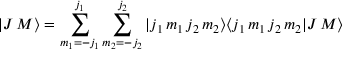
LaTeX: | J \, M \rangle = \sum _ { m _ { 1 } = - j _ { 1 } } ^ { j _ { 1 } } \sum _ { m _ { 2 } = - j _ { 2 } } ^ { j _ { 2 } } | j _ { 1 } \, m _ { 1 } \, j _ { 2 } \, m _ { 2 } \rangle \langle j _ { 1 } \, m _ { 1 } \, j _ { 2 } \, m _ { 2 } | J \, M \rangle